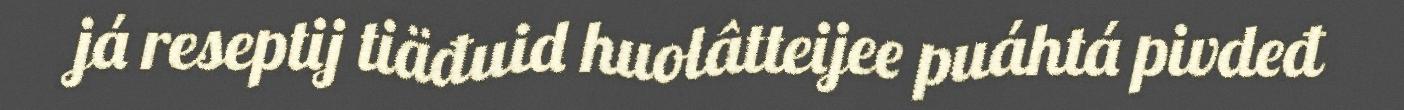
já reseptij tiäđuid huolâtteijee puáhtá pivdeđ